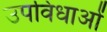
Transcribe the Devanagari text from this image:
उपविधाओं